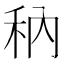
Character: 䄲